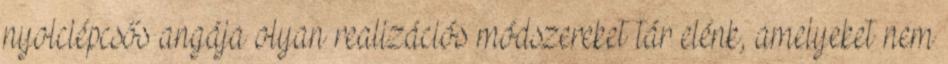
nyolclépcsős angája olyan realizációs módszereket tár elénk, amelyeket nem